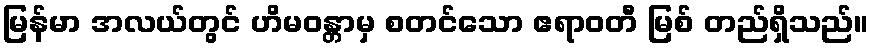
မြန်မာ အလယ်တွင် ဟိမဝန္တာမှ စတင်သော ဧရာဝတီ မြစ် တည်ရှိသည်။